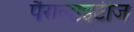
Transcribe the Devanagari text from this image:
पैरालाइटीज